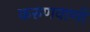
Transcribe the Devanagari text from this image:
करुणवाणी